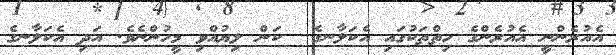
އެއުރެންނީ އެއުރެންގެ ހިތްތަކުގައި އެކަލާނގެ  ކަން ލިޔުއްވި މީހުންނެވެ. އަދި އެކަލާނގެ